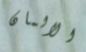
الالمان